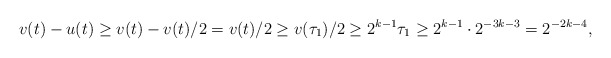
\begin{align*}v(t) - u(t) \geq v(t) - v(t)/2 = v(t) /2 \geq v(\tau_1)/2 \geq 2^{k - 1}\tau_1 \geq 2^{k-1} \cdot 2^{-3k - 3} = 2^{-2k - 4},\end{align*}